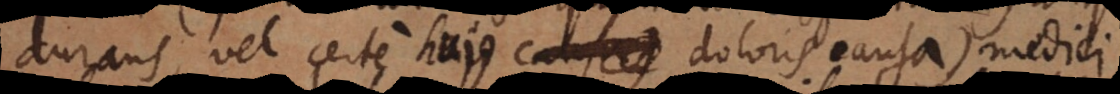
durans, vel certe hujus doloris causa) medici